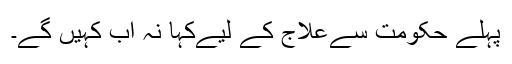
پہلے حکومت سےعلاج کے لیےکہا نہ اب کہیں گے۔